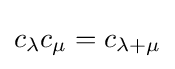
c_{\lambda }c_{\mu }=c_{\lambda +\mu }